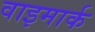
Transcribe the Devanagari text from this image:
वाइमार्क